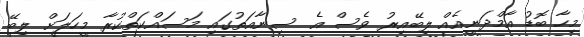
މިހާ ބޮޑު އާމްދަނީއެއް ލިބޭއިރު ވެސް އެ ސިނާއަތުގައި މަސައްކަތްކުރާ މީހަލަށް ލިބޭ